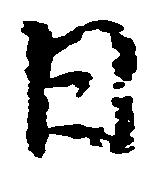
日